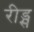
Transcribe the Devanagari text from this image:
रीड्स